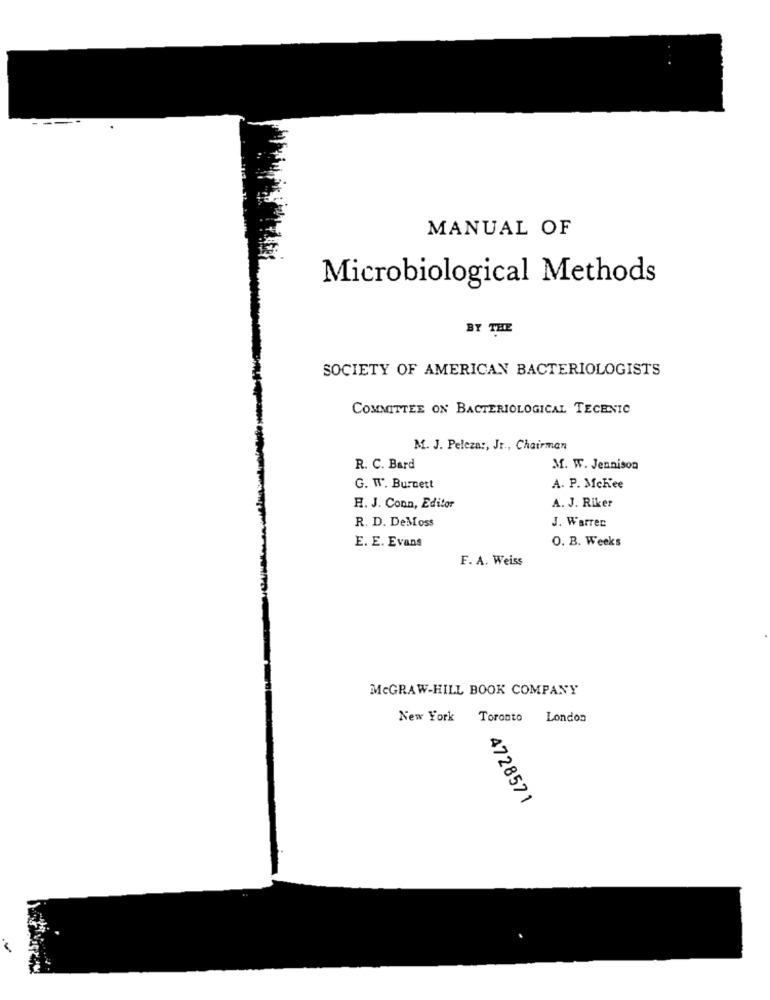
MANUAL OF
Microbiological Methods
BY THE
SOCIETY OF AMERICAN BACTERIOLOGISTS
COMMITTEE ON BACTERIOLOGICAL TECHNIC
M. J. Peleza :, Jr ., Chairman
R. C. Bard
M. W. Jennison
G. W. Burnett
A. P. McKee
A. J. Riker
H. J. Conn, Editor
R. D. DeMoss
J. Warren
E. E. Evans
O. B. Weeks
F. A. Weiss
MCGRAW-HILL BOOK COMPANY
New York Toronto London
4728571